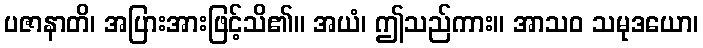
ပဇာနာတိ၊ အပြားအားဖြင့်သိ၏။ အယံ၊ ဤသည်ကား။ အာသဝ သမုဒယော၊